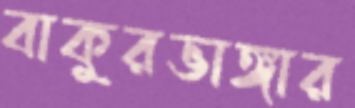
বাকুরভাঙ্গার